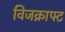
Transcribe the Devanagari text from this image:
विजक्राफ्ट